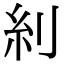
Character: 𠛩